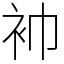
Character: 䘜